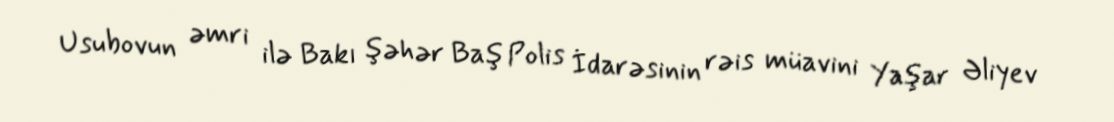
Usubovun əmri ilə Bakı şəhər Baş Polis İdarəsinin rəis müavini Yaşar Əliyev